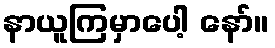
နာယူကြမှာပေါ့ နော်။